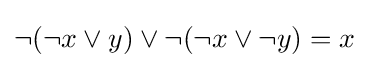
{\neg ({\neg x}\lor {y})}\lor {\neg ({\neg x}\lor {\neg y})}=x